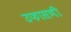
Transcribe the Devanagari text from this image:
उफासणी